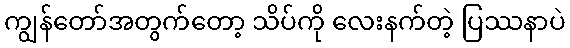
ကျွန်တော်အတွက်တော့ သိပ်ကို လေးနက်တဲ့ ပြဿနာပဲ